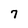
Character: 7